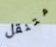
متنقل